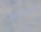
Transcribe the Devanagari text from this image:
समाजशास्त्रज्ञांचे